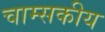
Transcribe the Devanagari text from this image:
चाम्सकीय